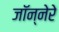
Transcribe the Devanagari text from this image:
जॉन्नेरे